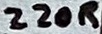
Text: 220R